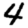
Digit: 4